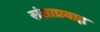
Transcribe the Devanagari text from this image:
संज्ञाप्रवाह